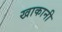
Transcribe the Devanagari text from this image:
खाकानी